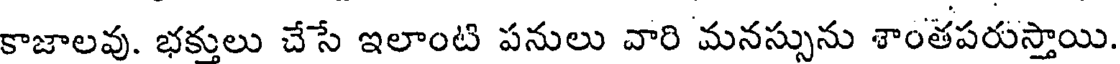
కాజాలవు. భక్తులు చేసే ఇలాంటి పనులు వారి మనస్సును శాంతపరుస్తాయి.